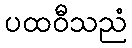
ပထဝီသညံ